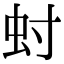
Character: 䖞